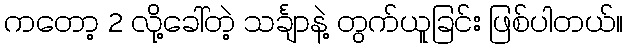
ကတော့ 2 လို့ခေါ်တဲ့ သင်္ချာနဲ့ တွက်ယူခြင်း ဖြစ်ပါတယ်။